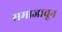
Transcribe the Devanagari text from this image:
समाजावून